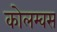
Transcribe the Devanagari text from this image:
कोलम्वस